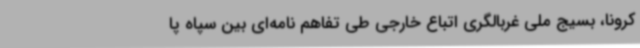
کرونا، بسیج ملی غربالگری اتباع خارجی طی تفاهم نامه‌ای بین سپاه پا